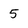
Character: 5